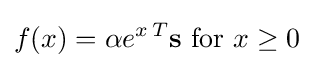
f(x)=\mathbf {\alpha } e^{x\,T}\mathbf {s} {\text{ for }}x\geq 0